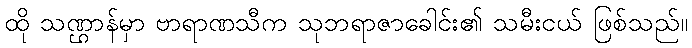
ထို သဏ္ဌာန်မှာ ဗာရာဏသီက သုဘရာဇာခေါင်း၏ သမီးငယ် ဖြစ်သည်။